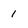
Character: i